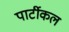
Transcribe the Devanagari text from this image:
पार्टीकल